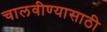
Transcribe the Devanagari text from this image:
चालवीण्यासाठी